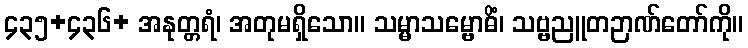
၄၃၅+၄၃၆+ အနုတ္တရံ၊ အတုမရှိသော။ သမ္မာသမ္ဗောဓိံ၊ သဗ္ဗညူတဉာဏ်တော်ကို။